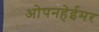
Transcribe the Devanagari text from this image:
ओपनहेईमर